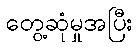
တွေ့ဆုံမှုအပြီး